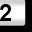
Digit: 2